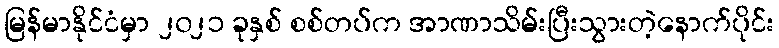
မြန်မာနိုင်ငံမှာ ၂၀၂၁ ခုနှစ် စစ်တပ်က အာဏာသိမ်းပြီးသွားတဲ့နောက်ပိုင်း